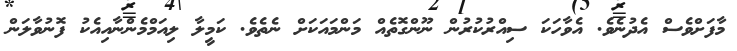
މާފަށްވެސް އެދުނެވެ. އެވާހަކަ ސިއްރުކުރުން ނޫންގޮތެއް މަންމައަކަށް ނެތެވެ. ކަމީލާ ލިއަމްމެންނާއިއެކު ފޮނުވާލަން